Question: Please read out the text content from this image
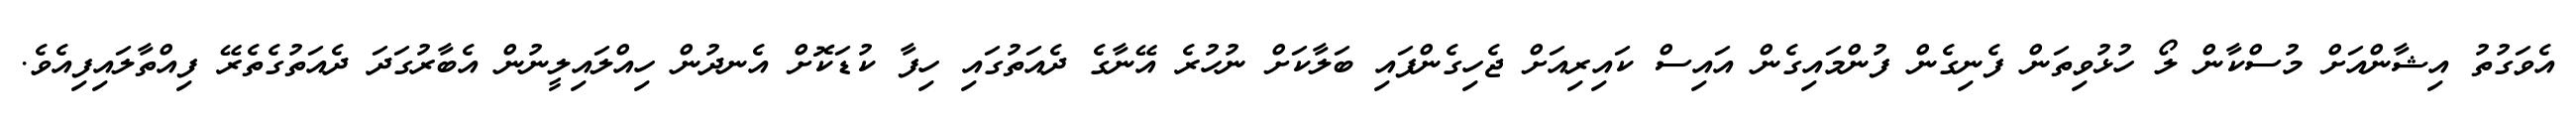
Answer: އެވަގުތު އިޝާންއަށް މުސްކާން ލޯ ހުޅުވިތަން ފެނިގެން ފުންމައިގެން އައިސް ކައިރިއަށް ޖެހިގެންފައި ބަލާކަށް ނުހުރެ އޭނާގެ ދެއަތުގައި ހިފާ ކުޑަކޮށް އެނދުން ހިއްލައިލީނުން އެބާރުގަދަ ދެއަތުގެތެރޭ ފިއްތާލައިފިއެވެ.